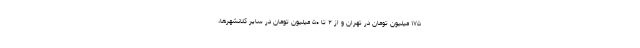
۱۷۵ میلیون تومان در تهران و از ۲ تا ۵۰ میلیون تومان در سایر کلانشهرها،